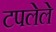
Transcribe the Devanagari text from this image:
टपलेले